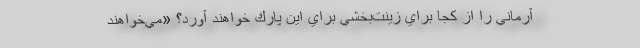
آرماني را از كجا براي زينت‌بخشي براي اين پارك خواهند آورد؟ «مي‌خواهند